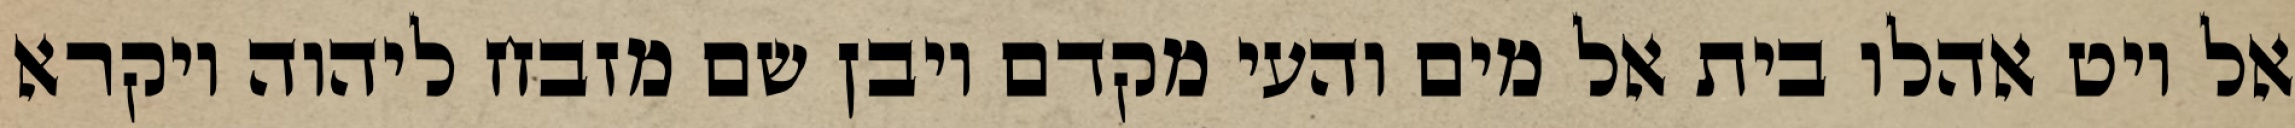
אל ויט אהלו בית אל מים והעי מקדם ויבן שם מזבח ליהוה ויקרא